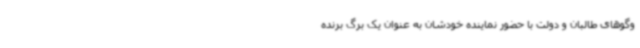
‌وگوهای طالبان و دولت با حضور نماینده خودشان به عنوان یک برگ برنده